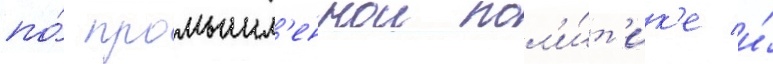
по́ промышл'еннои пол'и́т'ик'е и́